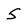
Character: 5